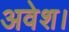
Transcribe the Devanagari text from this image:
अवेश।